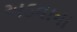
અડવાના